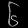
Digit: ၆